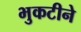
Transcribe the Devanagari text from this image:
भुकटीने